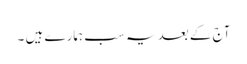
آج کے بعد یہ سب ہمارے ہیں ۔